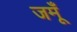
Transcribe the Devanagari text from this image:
जमूँ